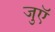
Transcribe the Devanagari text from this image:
जुएॅ